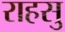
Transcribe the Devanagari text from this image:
राहसु